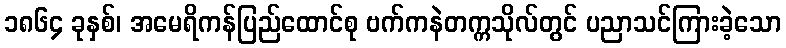
၁၈၆၄ ခုနှစ်၊ အမေရိကန်ပြည်ထောင်စု ဗက်ကနဲတက္ကသိုလ်တွင် ပညာသင်ကြားခဲ့သော